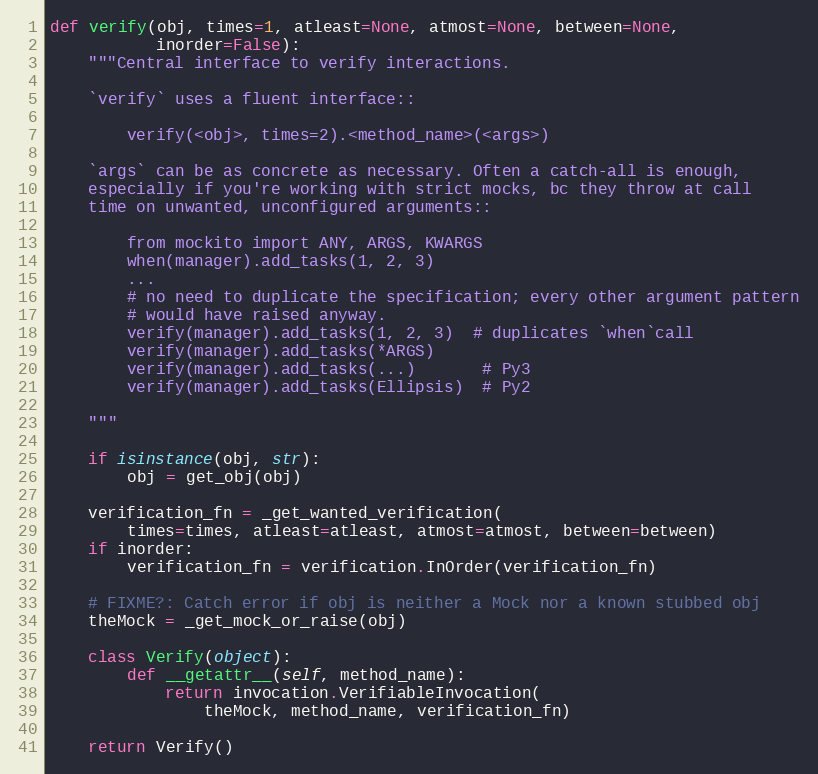
Language: Python
def verify(obj, times=1, atleast=None, atmost=None, between=None,
           inorder=False):
    """Central interface to verify interactions.

    `verify` uses a fluent interface::

        verify(<obj>, times=2).<method_name>(<args>)

    `args` can be as concrete as necessary. Often a catch-all is enough,
    especially if you're working with strict mocks, bc they throw at call
    time on unwanted, unconfigured arguments::

        from mockito import ANY, ARGS, KWARGS
        when(manager).add_tasks(1, 2, 3)
        ...
        # no need to duplicate the specification; every other argument pattern
        # would have raised anyway.
        verify(manager).add_tasks(1, 2, 3)  # duplicates `when`call
        verify(manager).add_tasks(*ARGS)
        verify(manager).add_tasks(...)       # Py3
        verify(manager).add_tasks(Ellipsis)  # Py2

    """

    if isinstance(obj, str):
        obj = get_obj(obj)

    verification_fn = _get_wanted_verification(
        times=times, atleast=atleast, atmost=atmost, between=between)
    if inorder:
        verification_fn = verification.InOrder(verification_fn)

    # FIXME?: Catch error if obj is neither a Mock nor a known stubbed obj
    theMock = _get_mock_or_raise(obj)

    class Verify(object):
        def __getattr__(self, method_name):
            return invocation.VerifiableInvocation(
                theMock, method_name, verification_fn)

    return Verify()